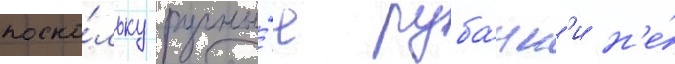
поско́льку ручны́е руба́нк'и н'е́